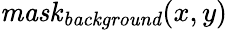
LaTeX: \mathit{mask}_{\mathit{background}}(x,y)